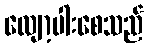
လျော့ပါးစေသည်